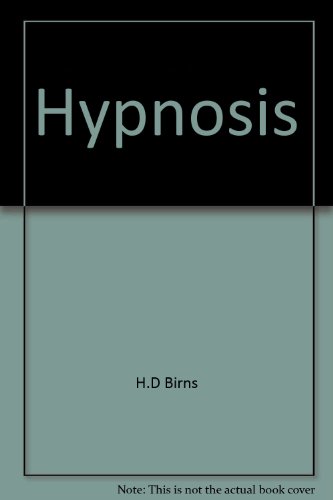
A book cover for Hypnosis; H. D. Birns; Health, Fitness & Dieting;